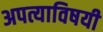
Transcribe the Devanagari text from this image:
अपत्याविषयी